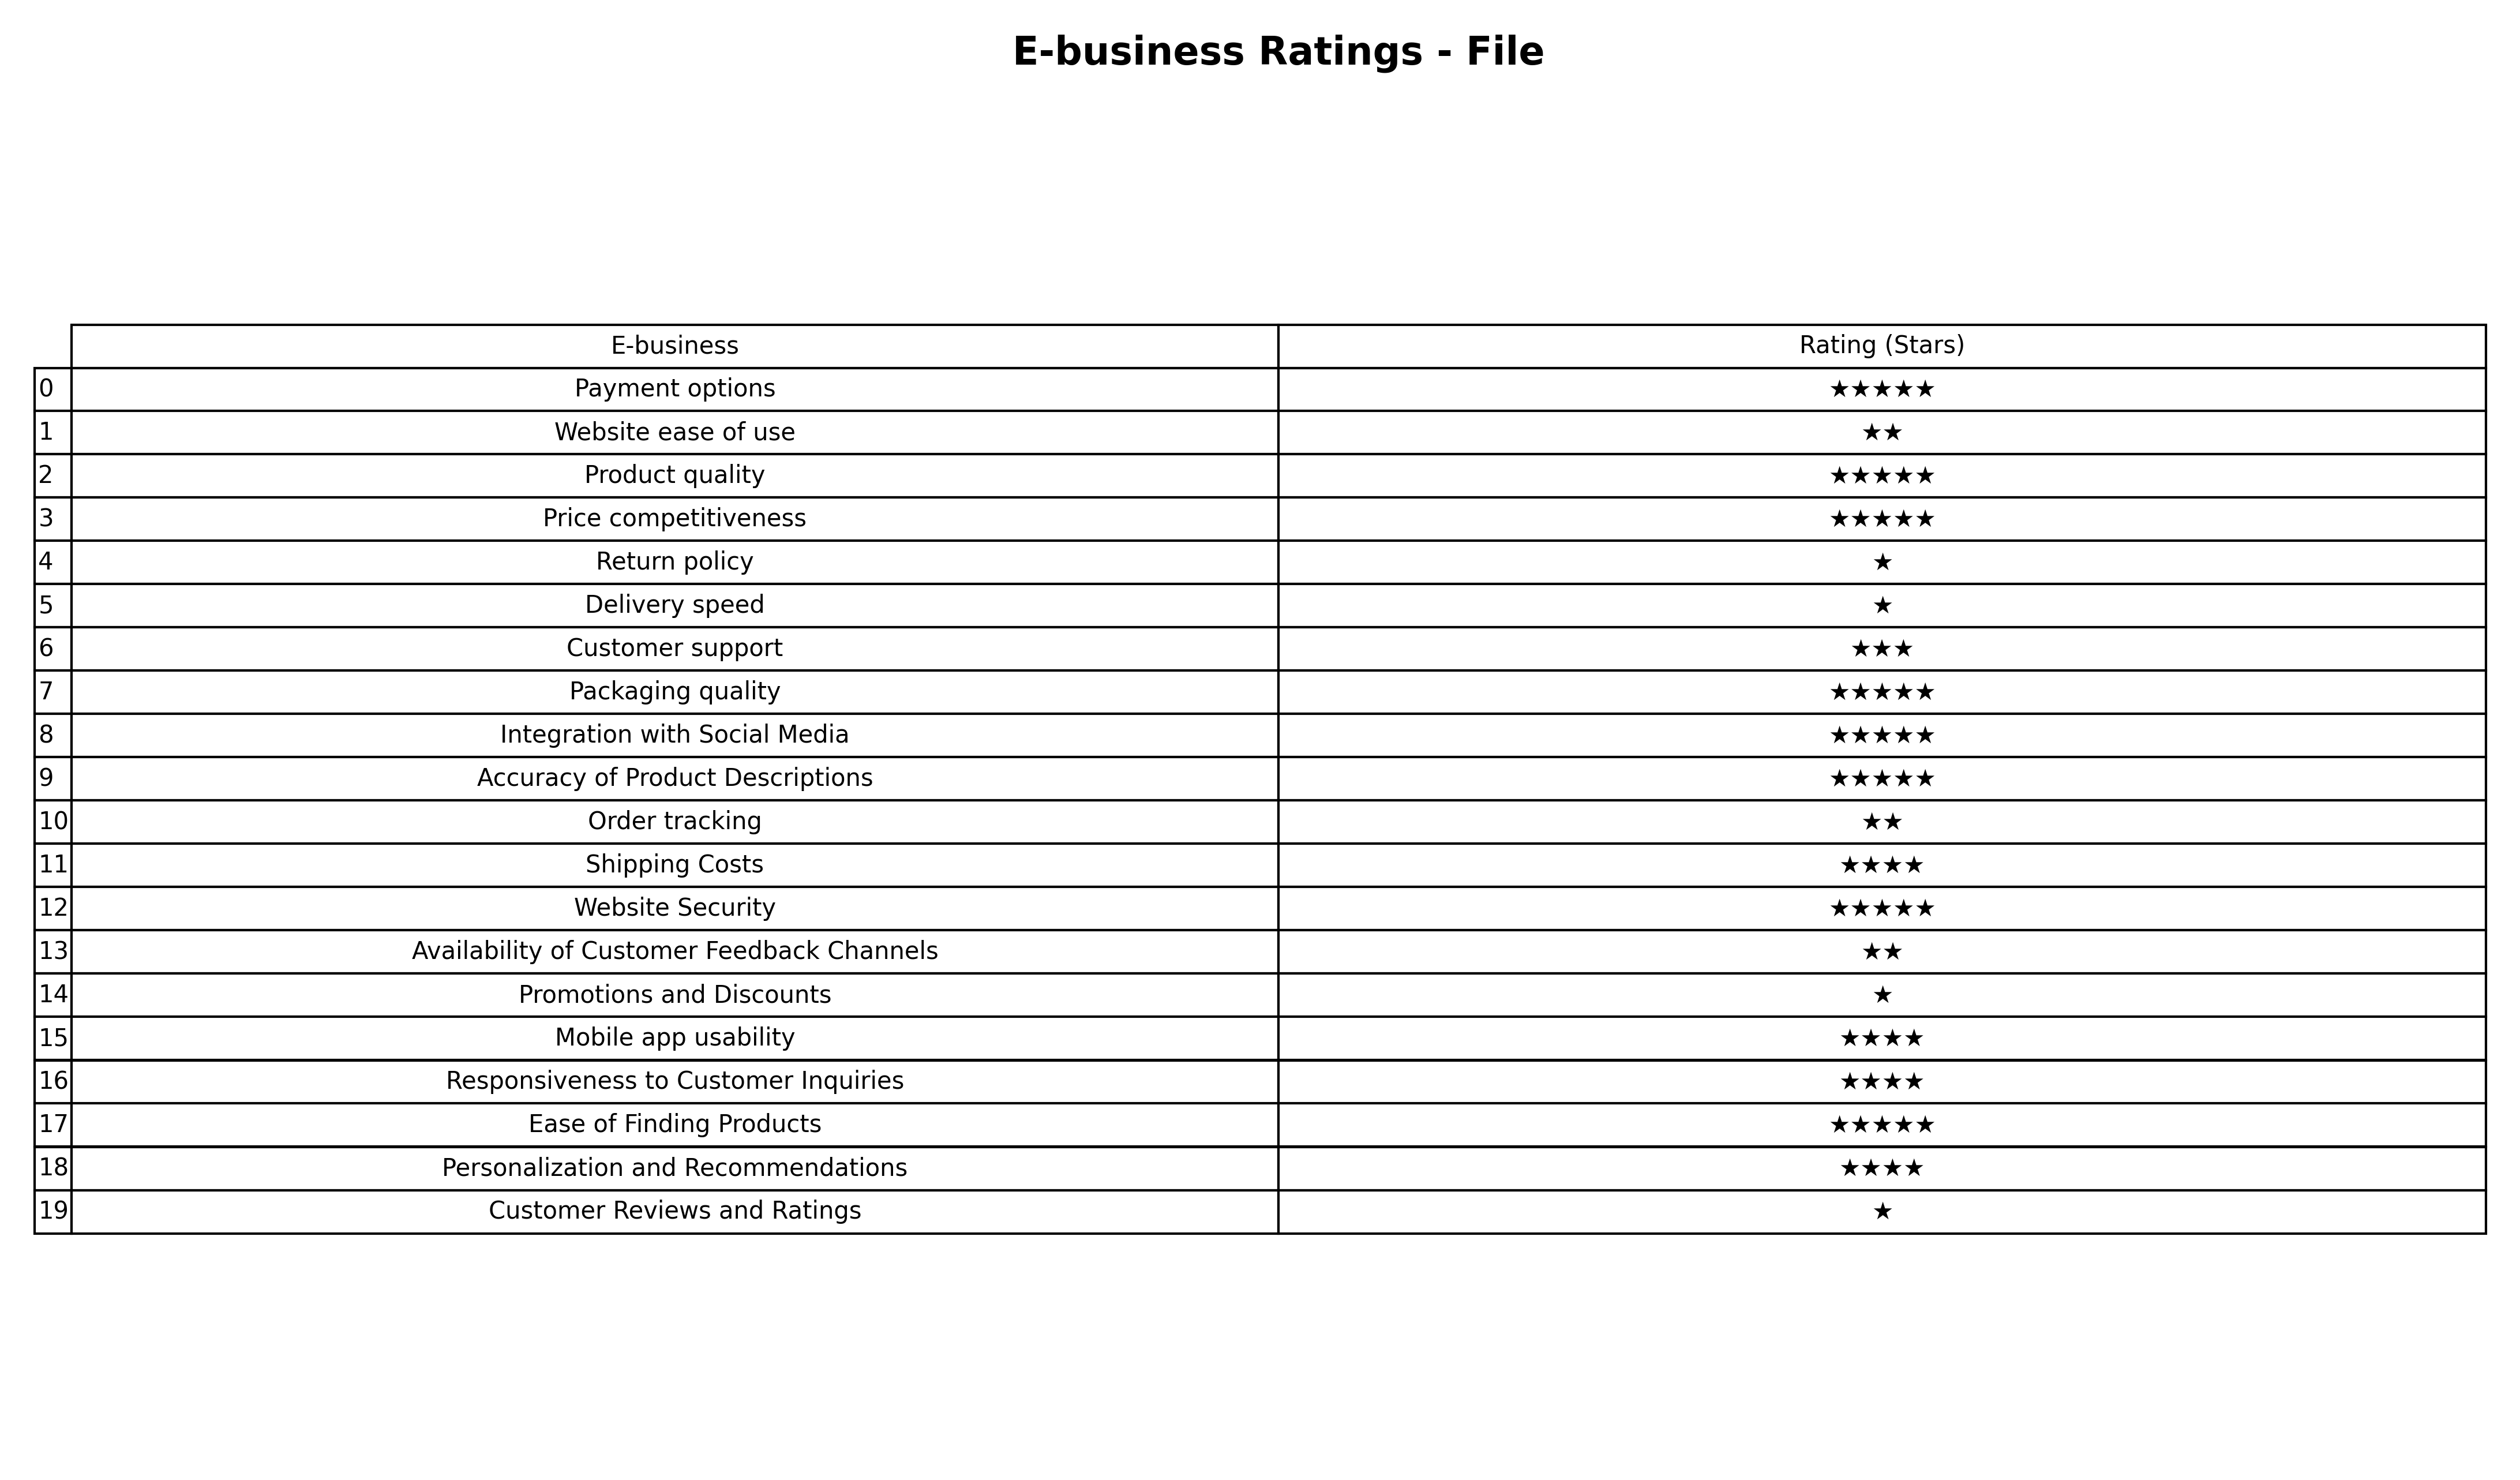
question: What are highest rating services?
answer: Payment optionsProduct qualityPrice competitivenessPackaging qualityIntegration with Social MediaAccuracy of Product DescriptionsWebsite SecurityEase of Finding Products